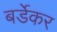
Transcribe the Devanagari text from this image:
बर्डेकर